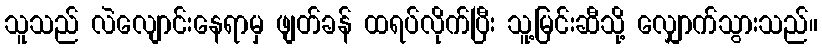
သူသည် လဲလျောင်းနေရာမှ ဖျတ်ခန် ထရပ်လိုက်ပြီး သူ့မြင်းဆီသို့ လျှောက်သွားသည်။